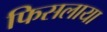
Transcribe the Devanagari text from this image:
फिसलाया